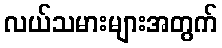
လယ်သမားများအတွက်